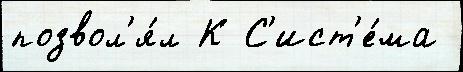
позвол'я́л К С'ист'е́ма